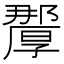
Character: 𭆗